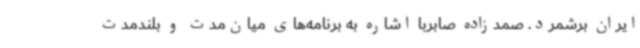
ایران برشمرد. صمدزاده صابربا اشاره به برنامه‌های میان‌مدت و بلندمدت